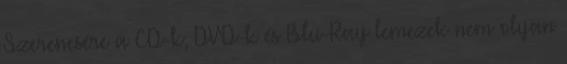
Szerencsére a CD-k, DVD-k és Blu-Ray lemezek nem olyan